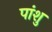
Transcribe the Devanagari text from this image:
पांशु